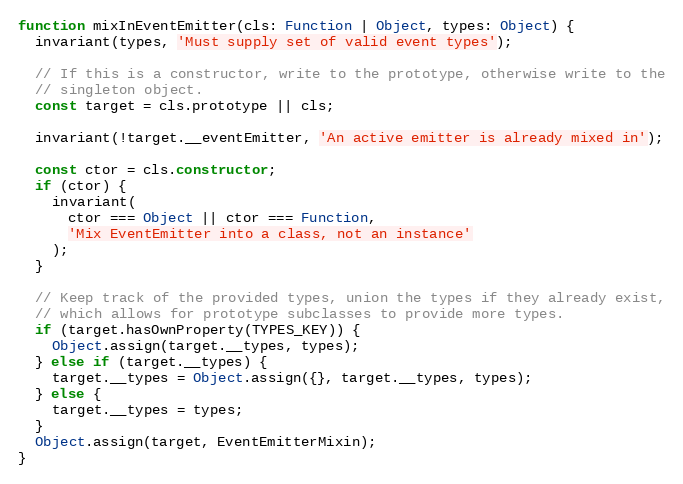
Language: JavaScript
function mixInEventEmitter(cls: Function | Object, types: Object) {
  invariant(types, 'Must supply set of valid event types');

  // If this is a constructor, write to the prototype, otherwise write to the
  // singleton object.
  const target = cls.prototype || cls;

  invariant(!target.__eventEmitter, 'An active emitter is already mixed in');

  const ctor = cls.constructor;
  if (ctor) {
    invariant(
      ctor === Object || ctor === Function,
      'Mix EventEmitter into a class, not an instance'
    );
  }

  // Keep track of the provided types, union the types if they already exist,
  // which allows for prototype subclasses to provide more types.
  if (target.hasOwnProperty(TYPES_KEY)) {
    Object.assign(target.__types, types);
  } else if (target.__types) {
    target.__types = Object.assign({}, target.__types, types);
  } else {
    target.__types = types;
  }
  Object.assign(target, EventEmitterMixin);
}